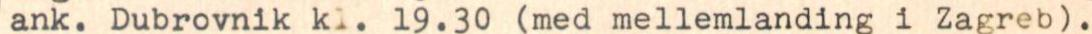
ank. Dubrovnik kl. 19.30 (med mellemlanding i Zagreb).